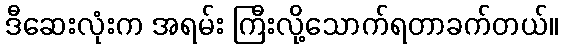
ဒီဆေးလုံးက အရမ်း ကြီးလို့သောက်ရတာခက်တယ်။